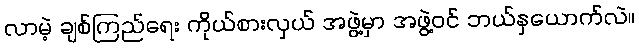
လာမဲ့ ချစ်ကြည်ရေး ကိုယ်စားလှယ် အဖွဲ့မှာ အဖွဲ့ဝင် ဘယ်နှယောက်လဲ။